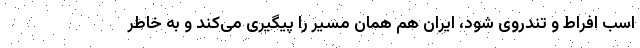
اسب افراط و تندروی شود، ایران هم همان مسیر را پیگیری می‌کند و به خاطر